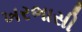
ખરભાસી